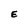
Character: E